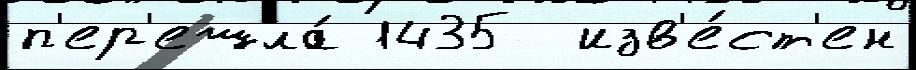
п'ер'ешла́ 1435  изв'е́ст'ен